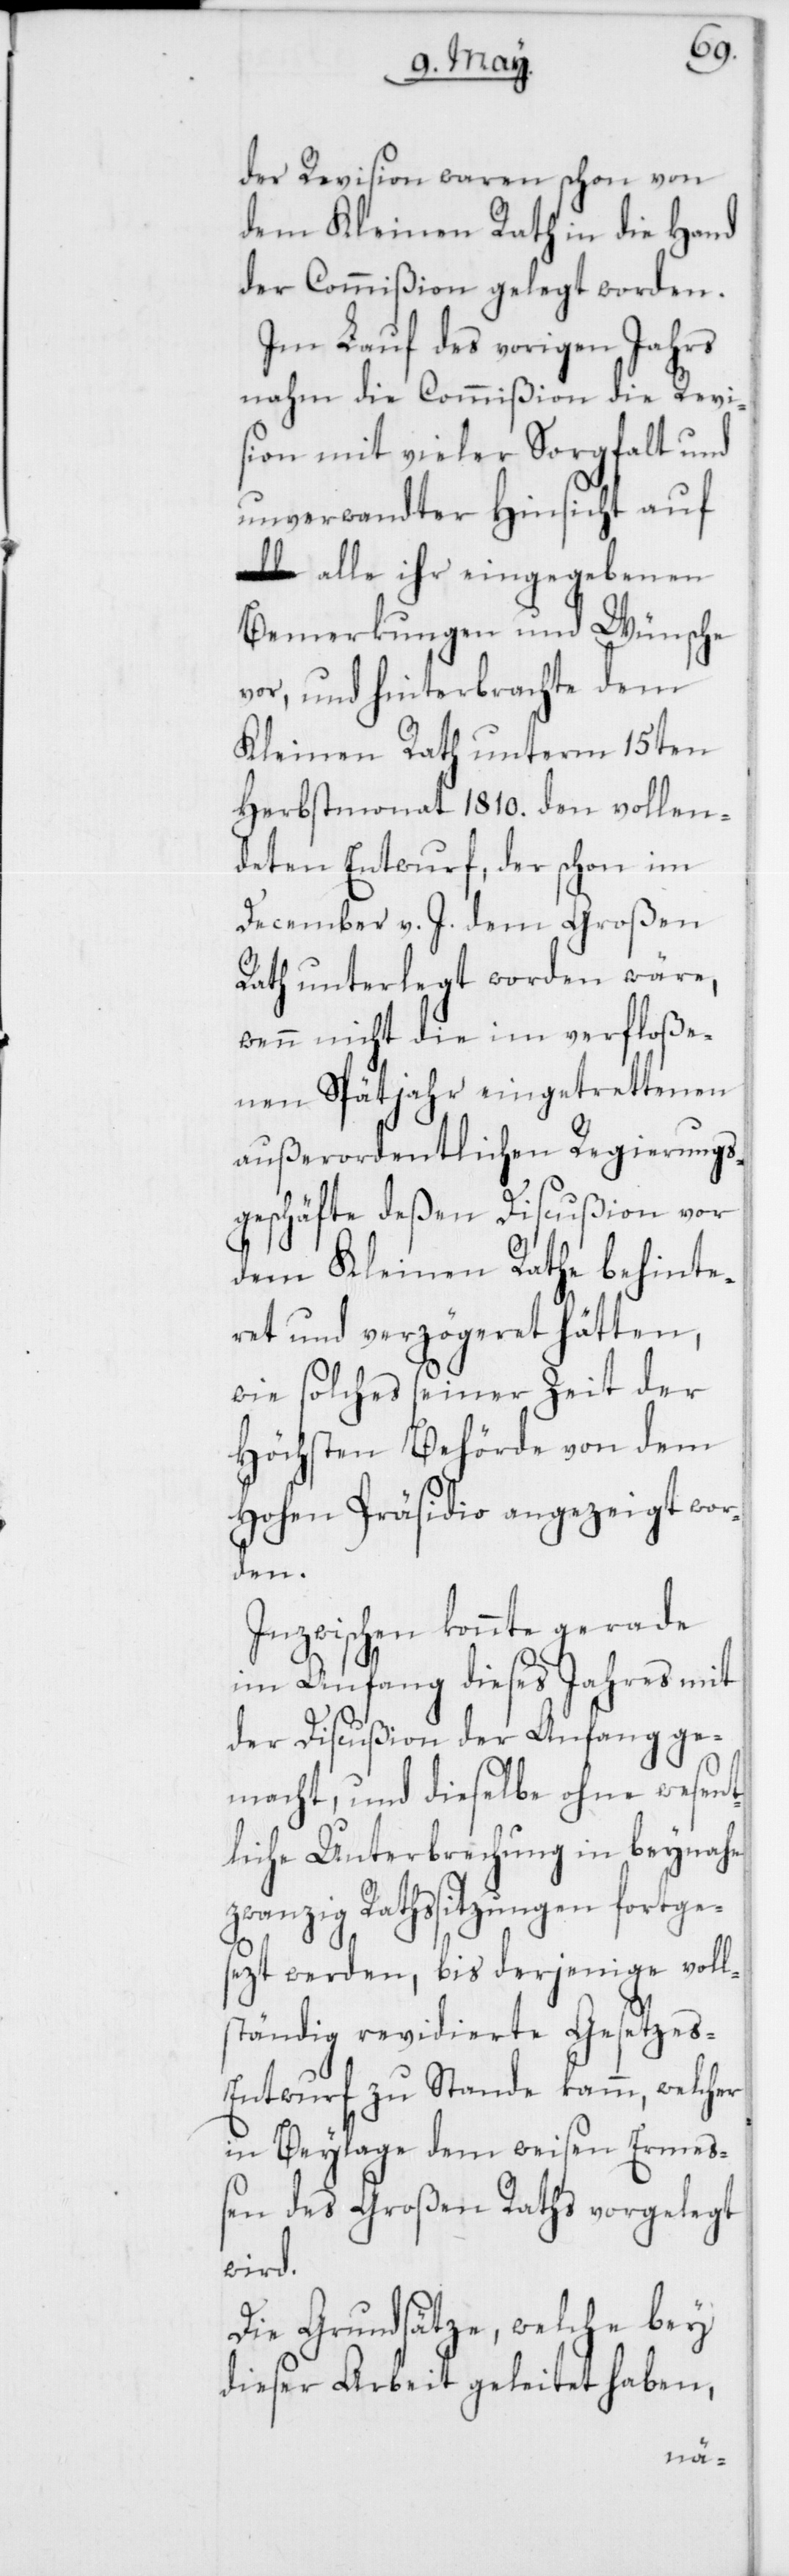
der Revision waren schon von
dem Kleinen Rath in die Hand
der Commißion gelegt worden.
Im Lauf des vorigen Jahrs
nahm die Commißion die Revi¬
sion mit vieler Sorgfalt und
unverwandter Hinsicht auf
alle ihr eingegebenen
Bemerkungen und Wünsche
vor, und hinterbrachte dem
Kleinen Rath unterm 15ten
Herbstmonat 1810. den vollen¬
deten Entwurf, der schon im
December v. J. dem Großen
Rath unterlegt worden wäre,
wenn nicht die im verfloße¬
nen Spätjahr eingetrettenen
außerordentlichen Regierungs¬
geschäfte deßen Discußion vor
dem Kleinen Rathe behinde¬
ret und verzögeret hätten,
wie solches seiner Zeit der
Höchsten Behörde von dem
Hohen Präsidio angezeigt wo¬
rden.
Inzwischen konnte gerade
im Anfang dieses Jahres mit
der Discußion der Anfang ge¬
macht, und dieselbe ohne wesent¬
liche Unterbrechung in beynahe
zwanzig Ratssitzungen fortge¬
sezt werden, bis derjenige voll¬
ständig revidierte Gesetzes-E¬
ntwurf zu Stande kam, welcher
in Beylage dem weisen Ermeß¬
en des Großen Raths vorgelegt
wird.
Die Grundsätze, welche bey
dieser Arbeit geleitet haben,